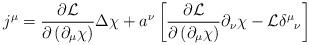
LaTeX: \begin{align*}j^{\mu }=\frac{\partial {\mathcal{L}}}{\partial \left( \partial _{\mu }\chi\right) }\Delta \chi +a^{\nu } \left[ \frac{\partial {\mathcal{L}}}{\partial \left( \partial _{\mu }\chi \right) }\partial _{\nu }\chi - {\cal L}\delta^{\mu}{}_{\nu} \right]\end{align*}